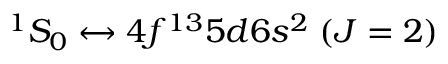
^ 1 S _ { 0 } \leftrightarrow 4 f ^ { 1 3 } 5 d 6 s ^ { 2 } \; ( J = 2 )